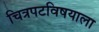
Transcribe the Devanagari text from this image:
चित्रपटविषयाला